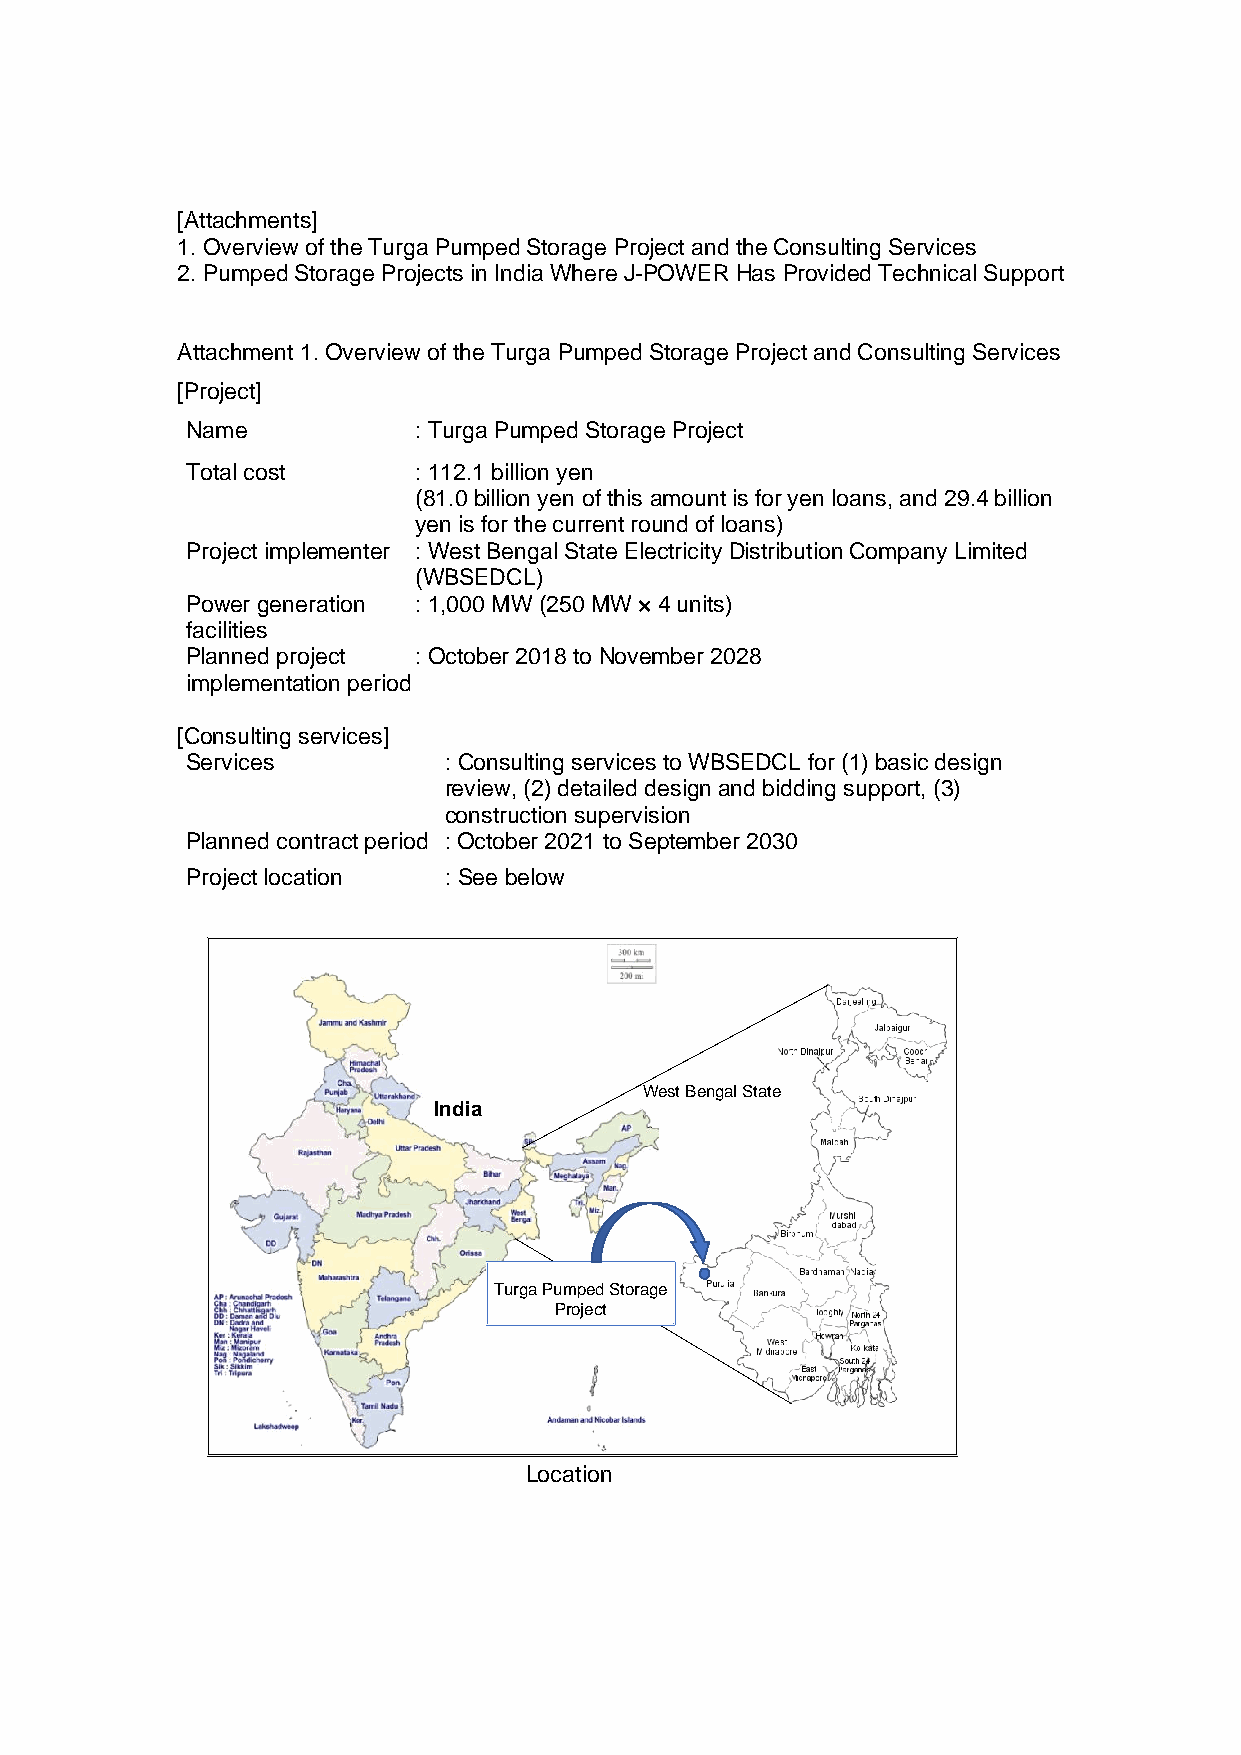
[Attachments]
 1. Overview of the Turga Pumped Storage Project and the Consulting Services
 2. Pumped Storage Projects in India Where J-POWER Has Provided Technical Support
 Attachment 1. Overview of the Turga Pumped Storage Project and Consulting Services
 [Project]
 Name           : Turga Pumped Storage Project
 Total cost     : 112.1 billion yen
 (81.0 billion yen of this amount is for yen loans, and 29.4 billion
 yen is for the current round of loans)
 Project implementer : West Bengal State Electricity Distribution Company Limited
 (WBSEDCL)
 Power generation : 1,000 MW (250 MW × 4 units)
 facilities
 Planned project : October 2018 to November 2028
 implementation period
 [Consulting services]
 Services         : Consulting services to WBSEDCL for (1) basic design
 review, (2) detailed design and bidding support, (3)
 construction supervision
 Planned contract period : October 2021 to September 2030
 Project location : See below
 West Bengal State
 India
 Turga Pumped Storage
 Project
 Location